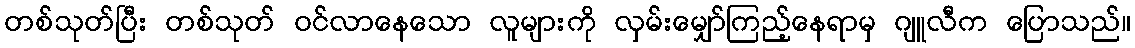
တစ်သုတ်ပြီး တစ်သုတ် ဝင်လာနေသော လူများကို လှမ်းမျှော်ကြည့်နေရာမှ ဂျူလီက ပြောသည်။